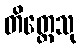
တိတ္ထေသု